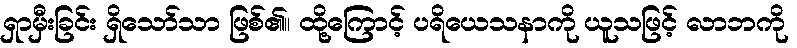
ရှာမှီးခြင်း ရှိသော်သာ ဖြစ်၏။ ထို့ကြောင့် ပရိယေသနာကို ယူသဖြင့် လာဘကို